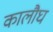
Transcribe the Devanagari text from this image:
कालौघ